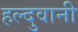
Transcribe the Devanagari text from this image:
हल्दुवानी